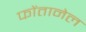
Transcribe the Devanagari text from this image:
फोंतानेल